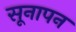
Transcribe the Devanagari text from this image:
सूनापन